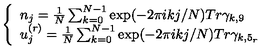
\left\{ \begin{array} { l } { n _ { j } = \frac { 1 } { N } \sum _ { k = 0 } ^ { N - 1 } \exp ( - 2 \pi i k j / N ) T r \gamma _ { k , 9 } } \\ { u _ { j } ^ { ( r ) } = \frac { 1 } { N } \sum _ { k = 0 } ^ { N - 1 } \exp ( - 2 \pi i k j / N ) T r \gamma _ { k , 5 _ { r } } } \\ \end{array} \right.